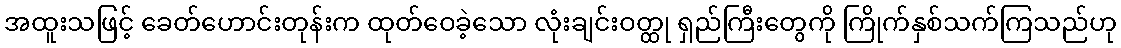
အထူးသဖြင့် ခေတ်ဟောင်းတုန်းက ထုတ်ဝေခဲ့သော လုံးချင်းဝတ္ထု ရှည်ကြီးတွေကို ကြိုက်နှစ်သက်ကြသည်ဟု